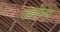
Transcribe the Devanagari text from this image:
ताईंचा